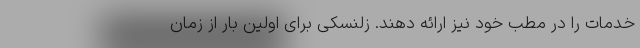
خدمات را در مطب خود نیز ارائه دهند. زلنسکی برای اولین بار از زمان